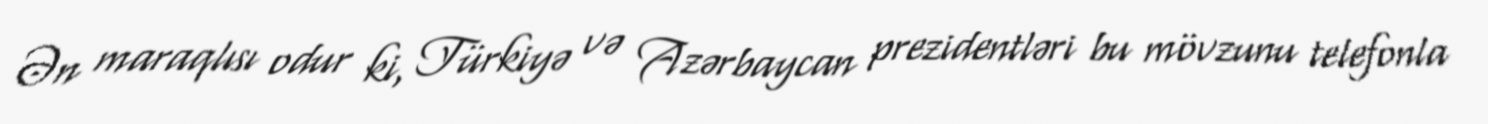
Ən maraqlısı odur ki, Türkiyə və Azərbaycan prezidentləri bu mövzunu telefonla